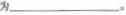
为___。